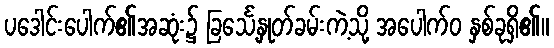
ပဒေါင်းပေါက်၏အဆုံး၌ ခြင်္သေ့နှုတ်ခမ်းကဲ့သို့ အပေါက်ဝ နှစ်ခုရှိ၏။